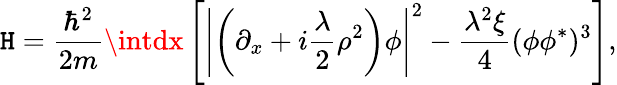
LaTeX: \mathtt{H}=\frac{{\hbar^{2}}}{{2m}}\intdx\left[\left|\left(\partial_{x}+i{\frac{{\lambda}}{{2}}}\rho^{2}\right)\phi\right|^{2}-\frac{{\lambda^{2}\xi}}{{4}}(\phi\phi^{*})^{3}\right],